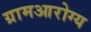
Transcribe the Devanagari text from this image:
ग्रामआरोग्य